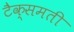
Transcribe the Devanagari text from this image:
टैक्समती